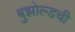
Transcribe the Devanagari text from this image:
बुझोल्डची